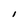
Character: I